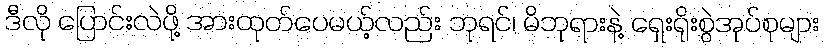
ဒီလို ပြောင်းလဲဖို့ အားထုတ်ပေမယ့်လည်း ဘုရင်၊ မိဘုရားနဲ့ ရှေးရိုးစွဲအုပ်စုများ